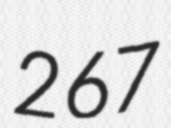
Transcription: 267